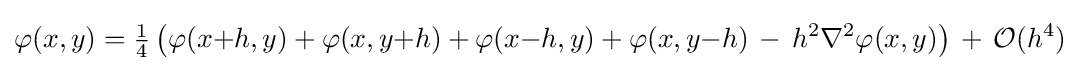
\varphi (x,y)={\tfrac {1}{4}}\left(\varphi (x{+}h,y)+\varphi (x,y{+}h)+\varphi (x{-}h,y)+\varphi (x,y{-}h)\,-\,h^{2}{\nabla }^{2}\varphi (x,y)\right)\,+\,{\mathcal {O}}(h^{4})